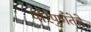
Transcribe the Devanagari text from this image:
परिपुर्णतेचे